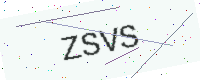
Text: ZSVS